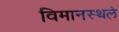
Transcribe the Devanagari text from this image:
विमानस्थले